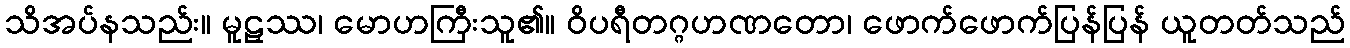
သိအပ်နသည်း။ မူဠှဿ၊ မောဟကြီးသူ၏။ ဝိပရီတဂ္ဂဟဏတော၊ ဖောက်ဖောက်ပြန်ပြန် ယူတတ်သည်